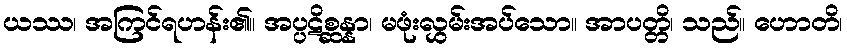
ယဿ၊ အကြင်ရဟန်း၏။ အပ္ပဋိစ္ဆန္နာ၊ မဖုံးလွှမ်းအပ်သော။ အာပတ္တိ၊ သည်။ ဟောတိ၊